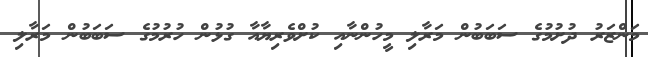
މަންޒަރު ދުށުމުގެ ސަބަބުން މަރާލި މީހުންނާއި ކުށްވެރިޔާއާ ގުޅުން ހުރުމުގެ ސަބަބުން މަރާލި